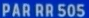
PARRR50S